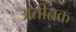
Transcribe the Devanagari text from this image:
अतीतक